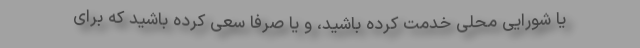
یا شورایی محلی خدمت کرده باشید، و یا صرفاً سعی کرده باشید که برای